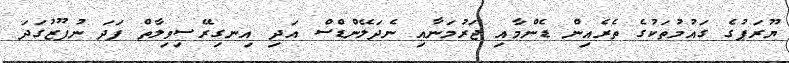
ޔޫރަޕުގެ ގައުމުތަކުގެ ތެރެއިން ޑެންމާއި ޖަރުމަނާއި ނެދަލޭންޑްސް އަދި އިނގިރޭސިވިލާތް ފަދަ ނުފޫޒުގަދަ